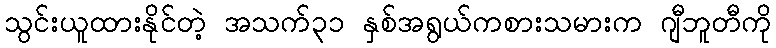
သွင်းယူထားနိုင်တဲ့ အသက်၃၁ နှစ်အရွယ်ကစားသမားက ဂျီဘူတီကို